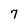
Character: 7